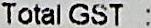
TOTAL GST :